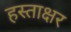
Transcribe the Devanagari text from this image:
हस्‍ताक्षर